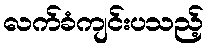
လက်ခံကျင်းပသည့်